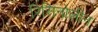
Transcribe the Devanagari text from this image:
रिसिनोलीन